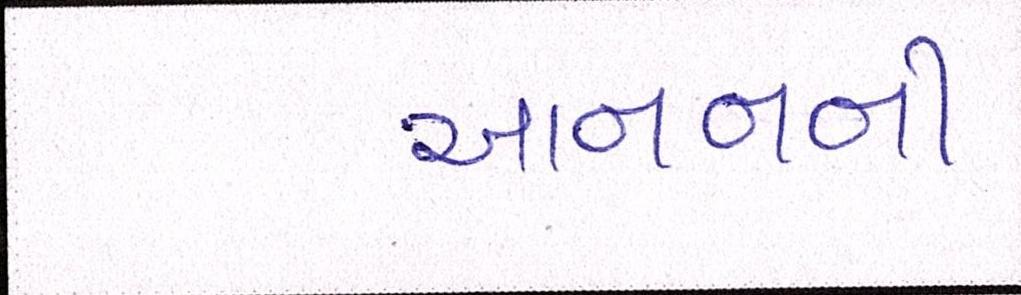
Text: આનનની